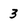
Character: 3